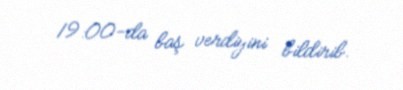
19:00-da baş verdiyini bildirib.